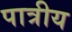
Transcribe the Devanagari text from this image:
पात्रीय